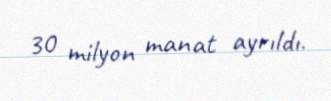
30 milyon manat ayrıldı.